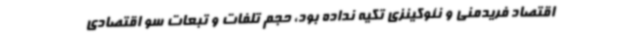
اقتصاد فریدمنی و نئوکینزی تکیه نداده بود، حجم تلفات و تبعات سو اقتصادی